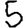
Digit: 5